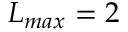
L _ { m a x } = 2